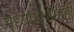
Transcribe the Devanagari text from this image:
मध्यप्रदेशातही